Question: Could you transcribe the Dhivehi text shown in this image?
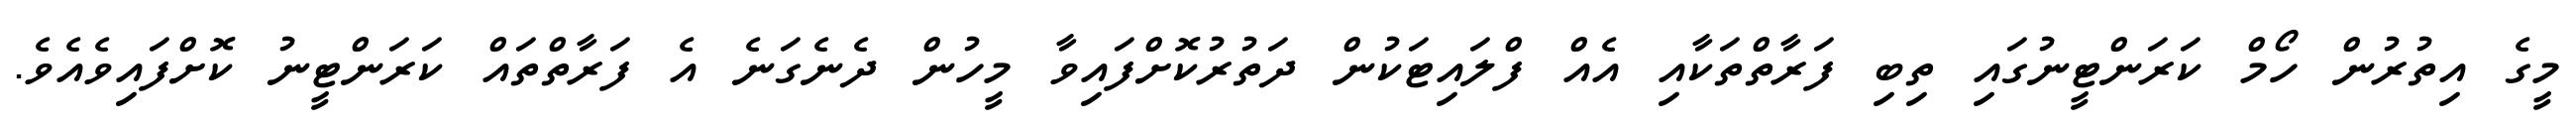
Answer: މީގެ އިތުރުން ހޯމް ކަރަންޓީނުގައި ތިބި ފަރާތްތަކާއި އެއް ފްލައިޓަކުން ދަތުރުކޮށްފައިވާ މީހުން ދެނެގަނެ އެ ފަރާތްތައް ކަރަންޓީނު ކޮށްފައިވެއެވެ.